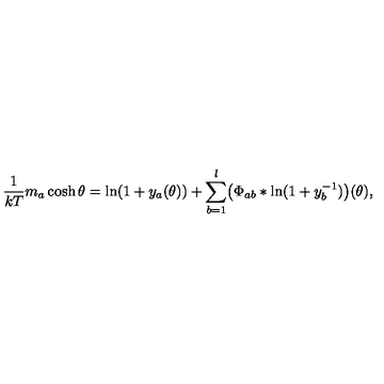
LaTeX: \frac { 1 } { k T } m _ { a } \cosh \theta = \ln ( 1 + y _ { a } ( \theta ) ) + \sum _ { b = 1 } ^ { l } \bigl ( \Phi _ { a b } * \ln ( 1 + y _ { b } ^ { - 1 } ) \bigr ) ( \theta ) ,